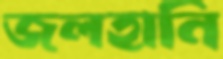
জলহানি